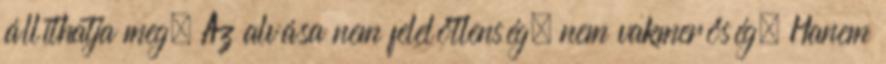
állíthatja meg. Az alvása nem felelőtlenség, nem vakmerőség. Hanem